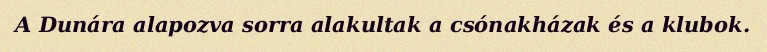
A Dunára alapozva sorra alakultak a csónakházak és a klubok.